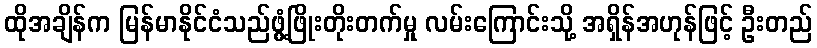
ထိုအချိန်က မြန်မာနိုင်ငံသည်ဖွံ့ဖြိုးတိုးတက်မှု လမ်းကြောင်းသို့ အရှိန်အဟုန်ဖြင့် ဦးတည်